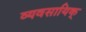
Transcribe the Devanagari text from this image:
व्यवसायिक्